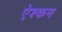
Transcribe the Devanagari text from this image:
ऐश्कम